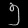
Digit: ၅